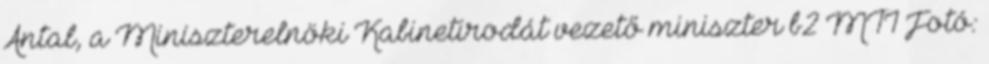
Antal, a Miniszterelnöki Kabinetirodát vezető miniszter b2 MTI Fotó: